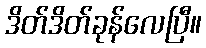
ဒိတ်ဒိတ်ခုန်လေပြီ။